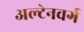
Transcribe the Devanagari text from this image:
अल्टेनवर्ग